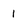
Character: l